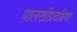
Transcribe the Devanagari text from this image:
पालखीप्रदक्षिणा